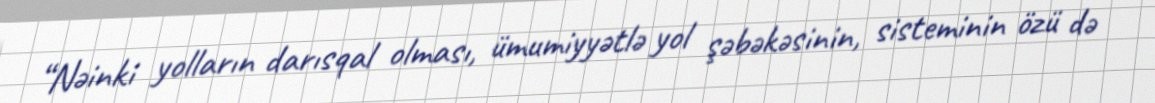
“Nəinki yolların darısqal olması, ümumiyyətlə yol şəbəkəsinin, sisteminin özü də